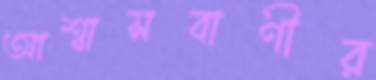
আশ্বাসবাণীর